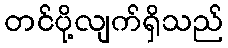
တင်ပို့လျက်ရှိသည်